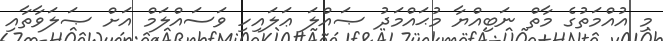
މި އުއްމަތުގެ މާތް ނަބިއްޔާ މުޙައްމަދު ޞައްލަ ޢަލައިހި ވަސައްލަމް އަށް ޞަލަވާތާއި